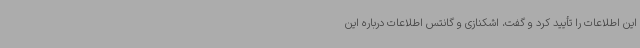
این اطلاعات را تأیید کرد و گفت، اشکنازی و گانتس اطلاعات درباره این